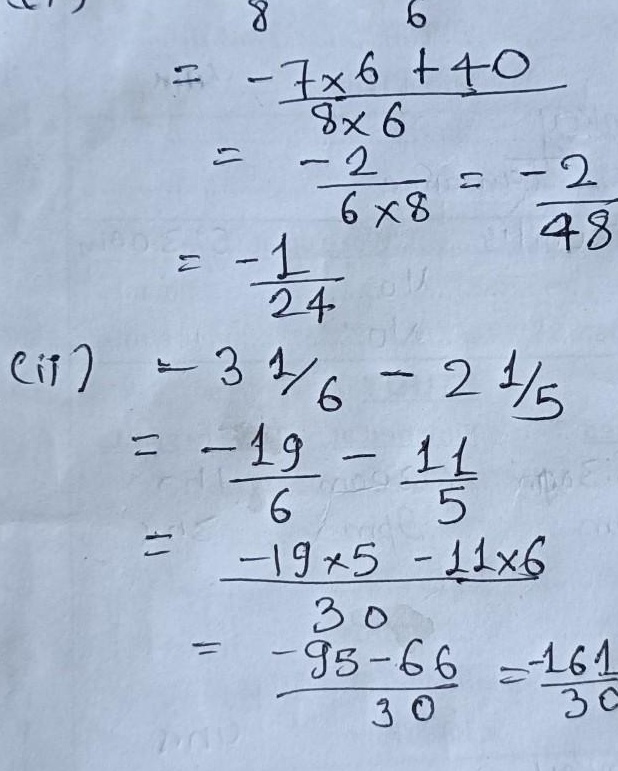
\[
\begin{align*}
\frac{8}{6}&=\frac{-7\times6 + 40}{8\times6}\\
&=\frac{-2}{6\times8}\\
&=\frac{-2}{48}\\
&=-\frac{1}{24}
\end{align*}
\]

\[
\begin{align*}
\text{(ii)}&-3\frac{1}{6}-2\frac{1}{5}\\
&=-\frac{19}{6}-\frac{11}{5}\\
&=\frac{-19\times5 - 11\times6}{30}\\
&=\frac{-95 - 66}{30}\\
&=-\frac{161}{30}
\end{align*}
\]